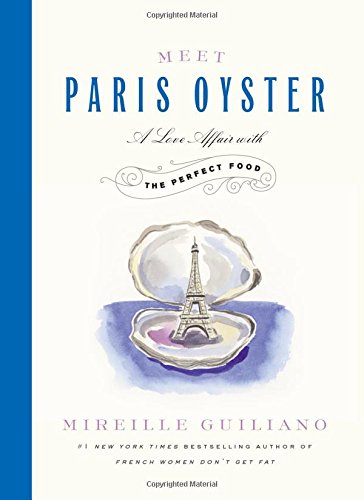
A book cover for Meet Paris Oyster: A Love Affair with the Perfect Food; Mireille Guiliano; Cookbooks, Food & Wine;